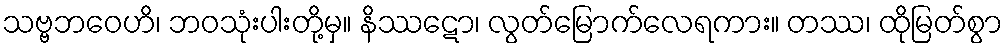
သဗ္ဗဘဝေဟိ၊ ဘဝသုံးပါးတို့မှ။ နိဿဋော၊ လွတ်မြောက်လေရကား။ တဿ၊ ထိုမြတ်စွာ